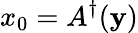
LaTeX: x_{0}=A^{\dagger}(\mathbf{y})